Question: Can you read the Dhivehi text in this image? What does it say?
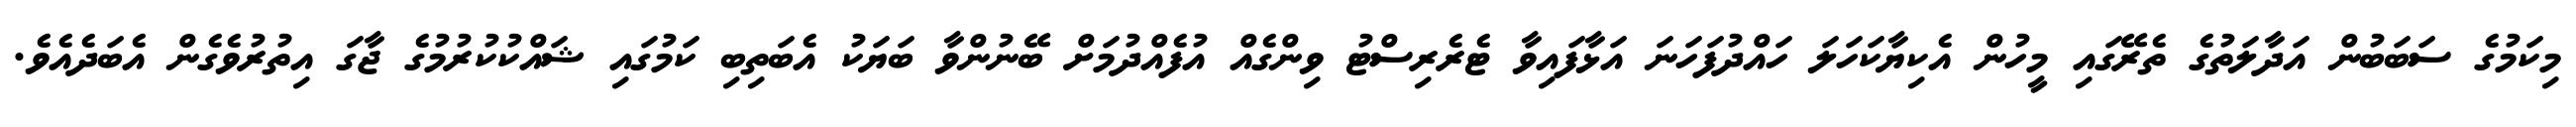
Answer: މިކަމުގެ ސަބަބުން އަދާލަތުގެ ތެރޭގައި މީހުން އެކިޔާކަހަލަ ހައްދުފަހަނަ އަޅާފައިވާ ޓެރެރިސްޓު ވިންގެއް އުފެއްދުމަށް ބޭނުންވާ ބަޔަކު އެބަތިބި ކަމުގައި ޝައްކުކުރުމުގެ ޖާގަ އިތުރުވެގެން އެބަދެއެވެ.